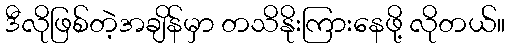
ဒီလိုဖြစ်တဲ့အချိန်မှာ တသိနိုးကြားနေဖို့ လိုတယ်။